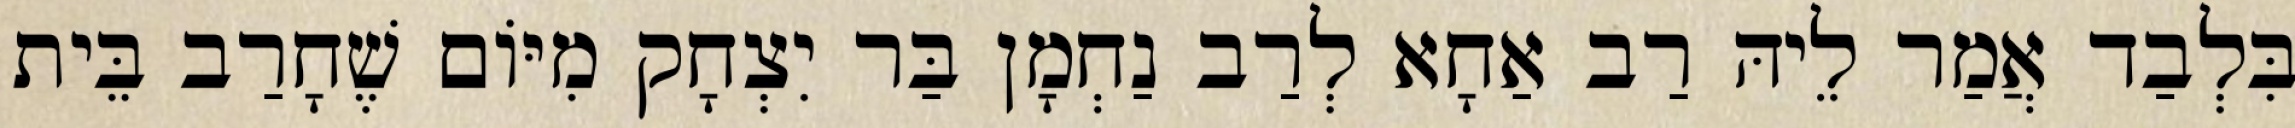
בִּלְבַד אֲמַר לֵיהּ רַב אַחָא לְרַב נַחְמָן בַּר יִצְחָק מִיּוֹם שֶׁחָרַב בֵּית